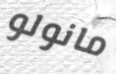
مانولو